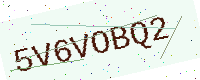
Text: 5V6VOBQ2